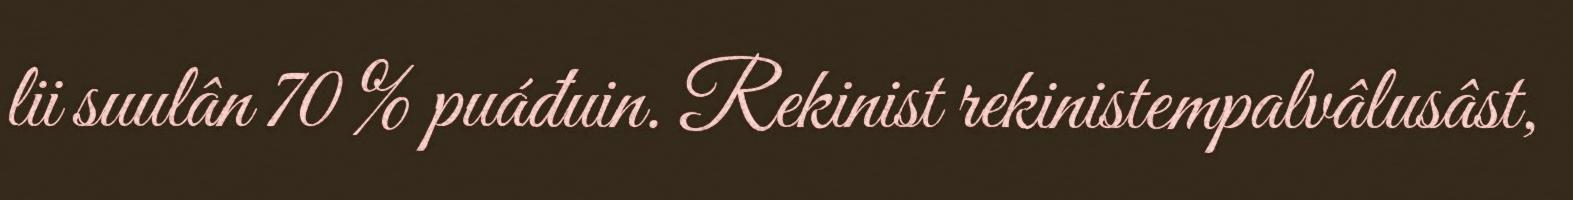
lii suulân 70 % puáđuin. Rekinist rekinistempalvâlusâst,